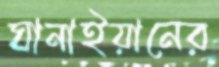
ঘানাইয়ানের